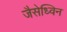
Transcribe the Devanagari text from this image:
जैसेध्विन